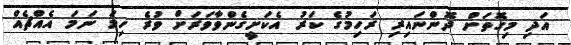
އަދި މިގޮތަށް ދޮންނައިރި ރަހިމުގެ ކަރު އެކަށީގެންވާވަރަށް ވުރެ ހިމަ ނަމަ އެއްޗެއް